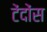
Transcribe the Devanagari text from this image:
टेंदोंस